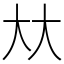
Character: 夶